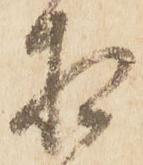
相